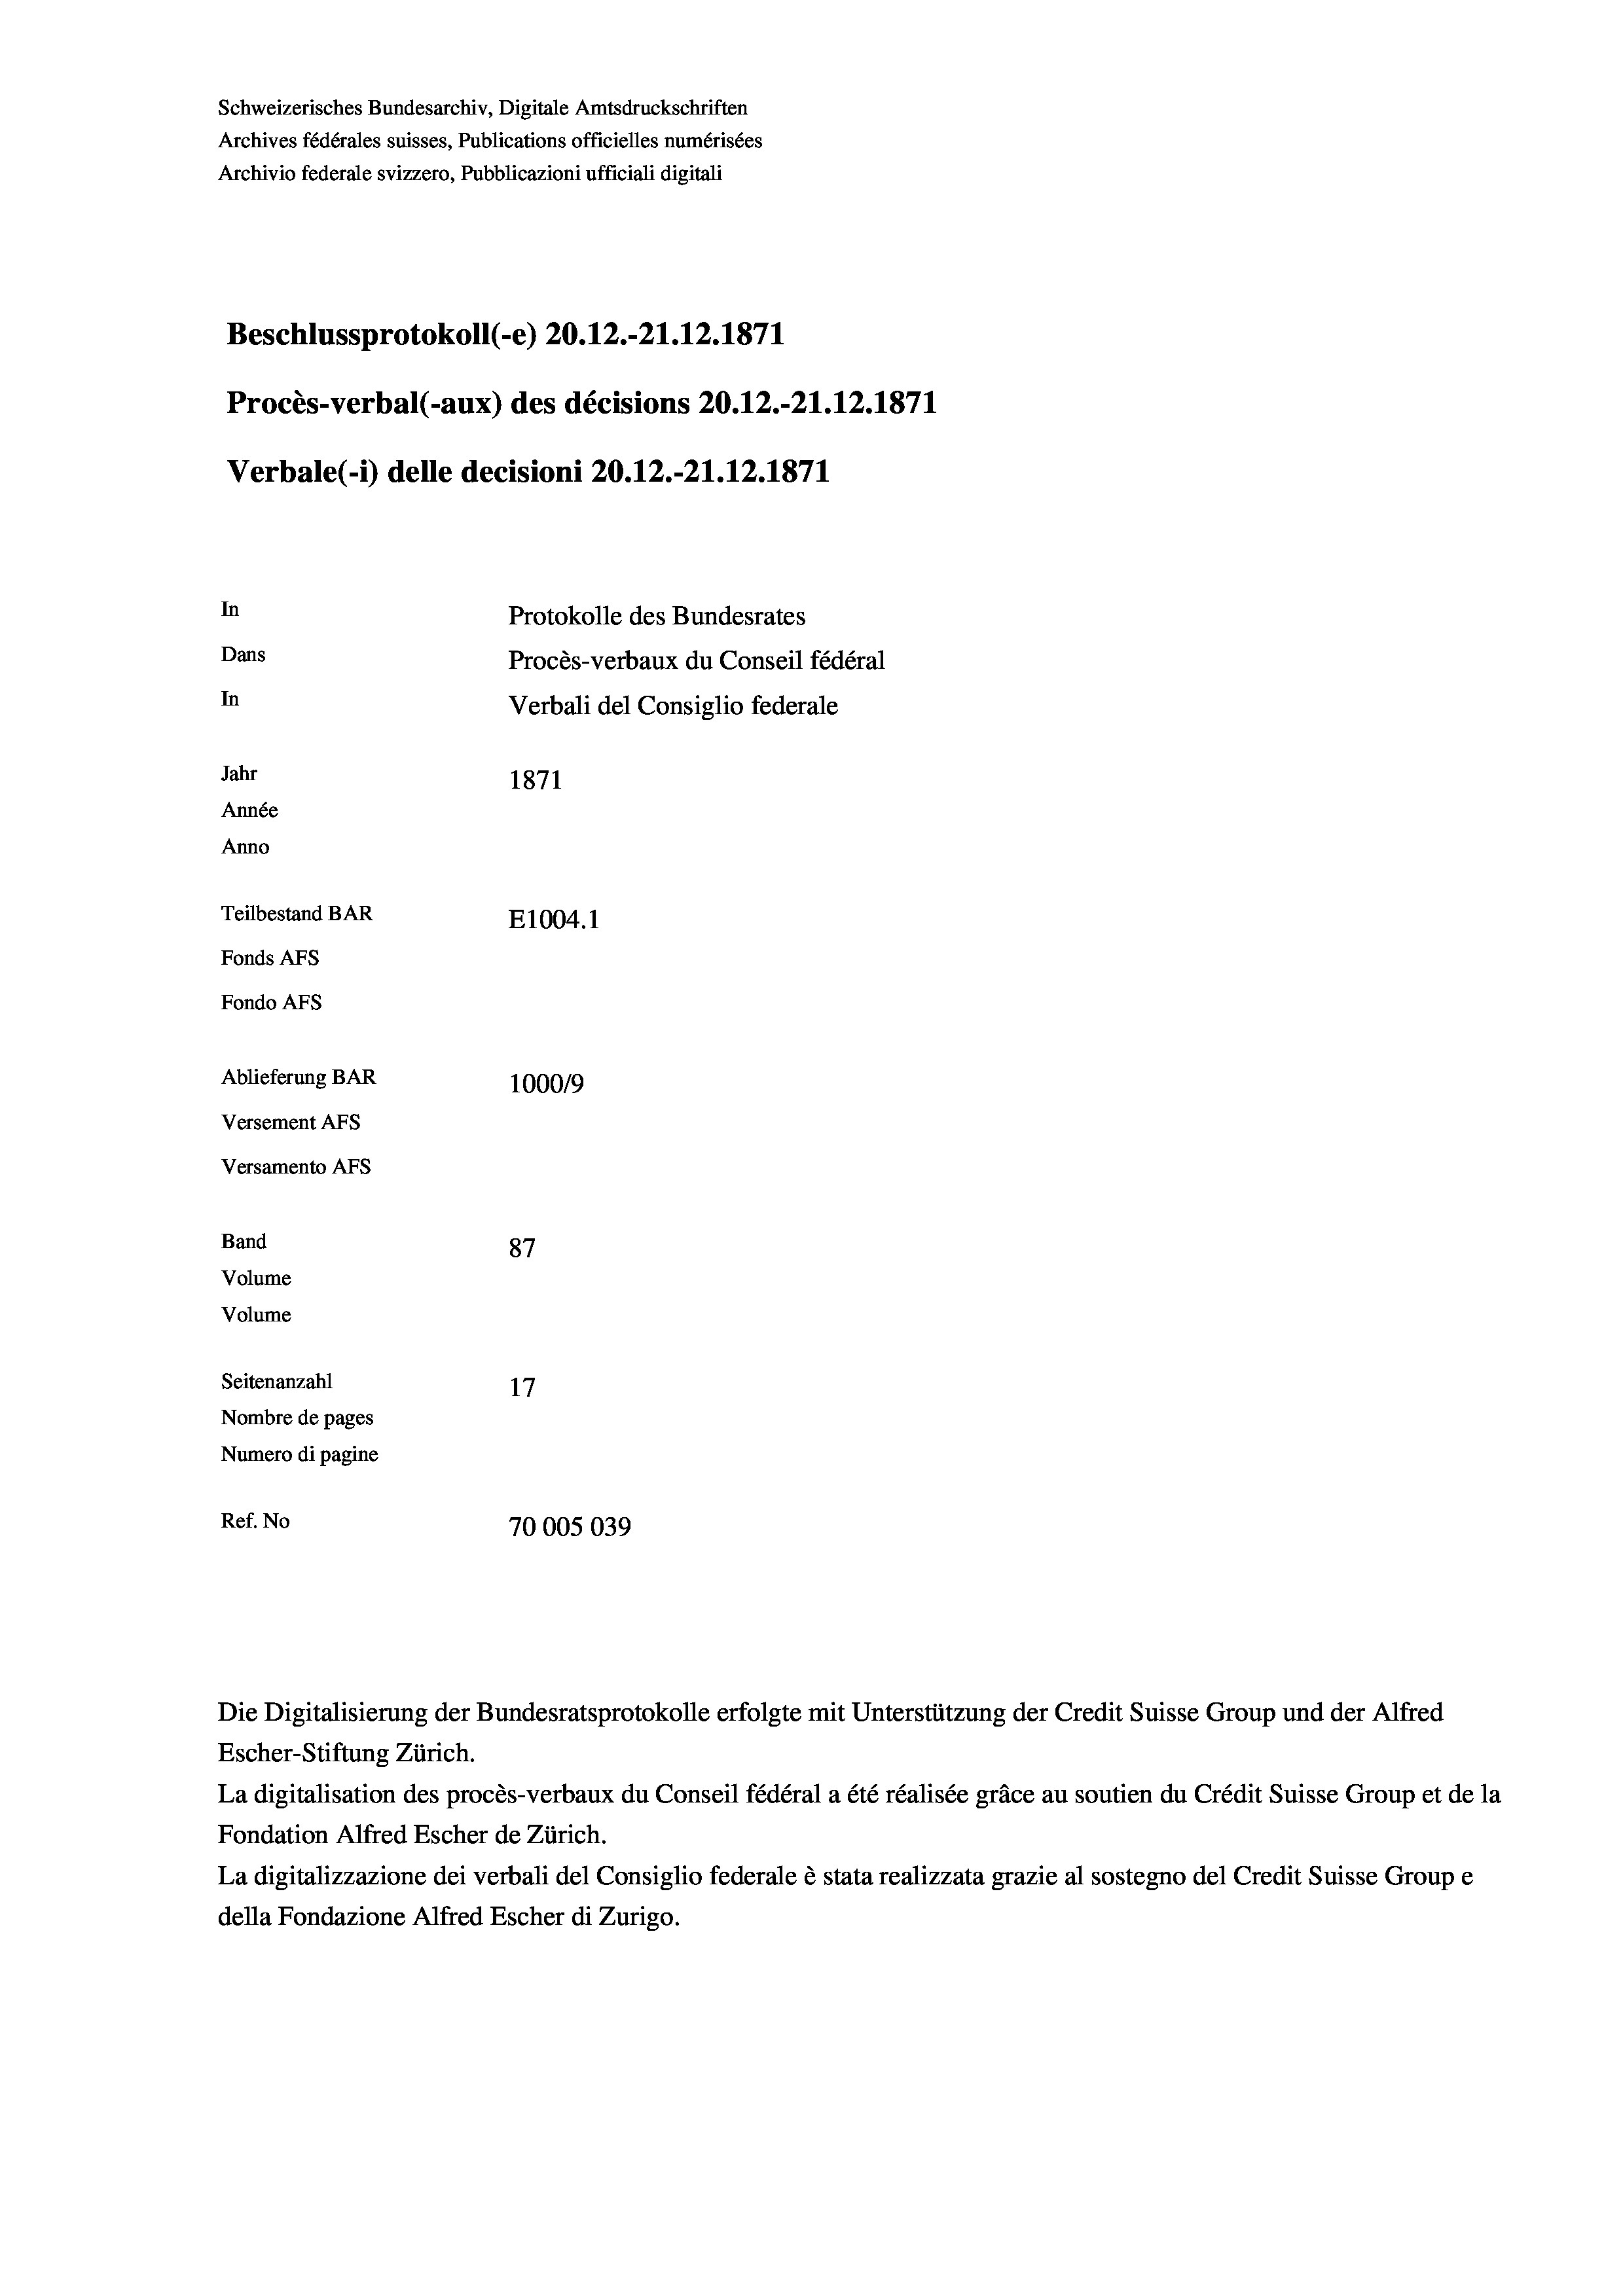
Schweizerisches Bundesarchiv, Digitale Amtsdruckschriften
Archives fédérales suisses, Publications officielles numérisées
Archivio federale svizzero, Pubblicazioni ufficiali digitali
Beschlussprotokoll (-e) 20.12.-21.12.1871
Procès-verbal (-aux) des décisions 20.12.-21.12.1871
Verbale (- 1) delle decisioni 20.12.-21.12.1871
In
Protokolle des Bundesrates
Dans
Procès-verbaux du Conseil fédéral
In
Verbali del Consiglio federale
Jahr
1871
Année
Anno
Teilbestand BAR
E1004.1
Fonds AFs
Fondo AFs
Ablieferung BAR
100019
Versement AFs
Versamento AFs
Band
87
Volume
Volume
Seitenanzahl
Nombre de pages
Numero di pagine
Ref. No
70005039

Escher-Stiftung Zürich.
La digitalisation des procès-verbaux du Conseil fédéral a été réalisée gräce au soutien du Crédit Suisse Group et de la
Fondation Alfred Escher de Zürich.
La digitalizzazione dei verbali del Consiglio federale è stata realizzata grazie al sostegno del Credit Suisse Groupe
della Fondazione Alfred Escher di Zurigo.

Die Digitalisierung der Bundesratsprotokolle erfolgte mit Unterstützung der Credit Suisse Group und der Alfred